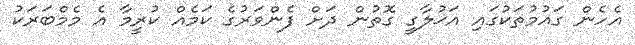
އެހެން ގައުމުތަކުގައި އަޚުލާގީ ގޮތުން ދަށް ފެންވަރުގެ ކަމެއް ކުރީމާ އެ މެމްބަރަކު